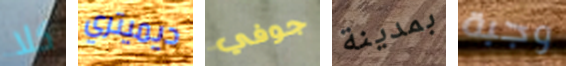
كلا ديميتري جوفي بمدينة وجبة